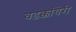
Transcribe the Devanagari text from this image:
वडक्कांचेरी